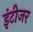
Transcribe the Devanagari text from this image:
इंटीजर